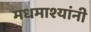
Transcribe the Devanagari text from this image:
मधमाश्यांनी